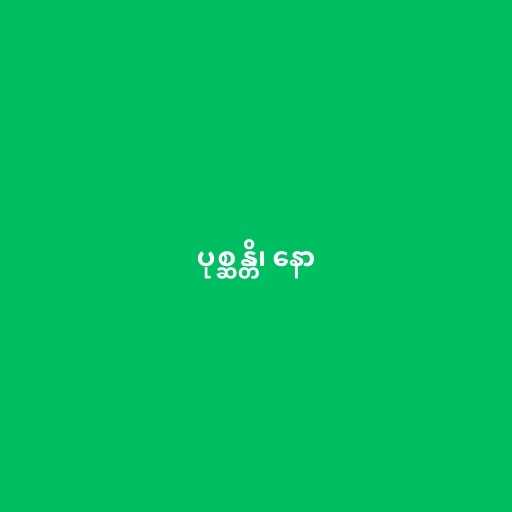
ပုစ္ဆန္တိ၊ နော